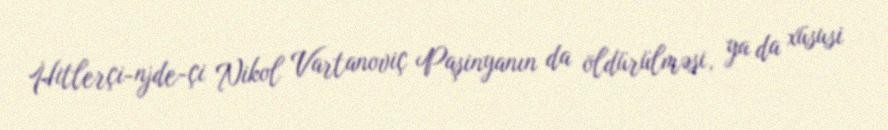
Hitlerçi-njde­çi Nikol Vartanoviç Paşinyanın da öldürülməsi, ya da xüsusi